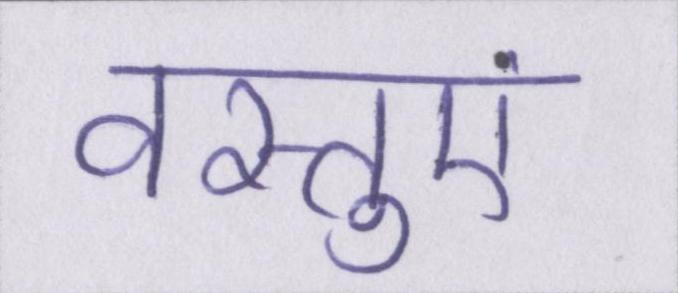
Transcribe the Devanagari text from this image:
वस्तुएं